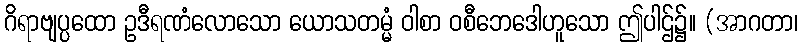
ဂိရာဗျပ္ပထော ဥဒီရဏံလောသော ယောသတမ္မံ ဝါစာ ဝစီဘေဒေါဟူသော ဤပါဌ်၌။ (အာဂတာ၊